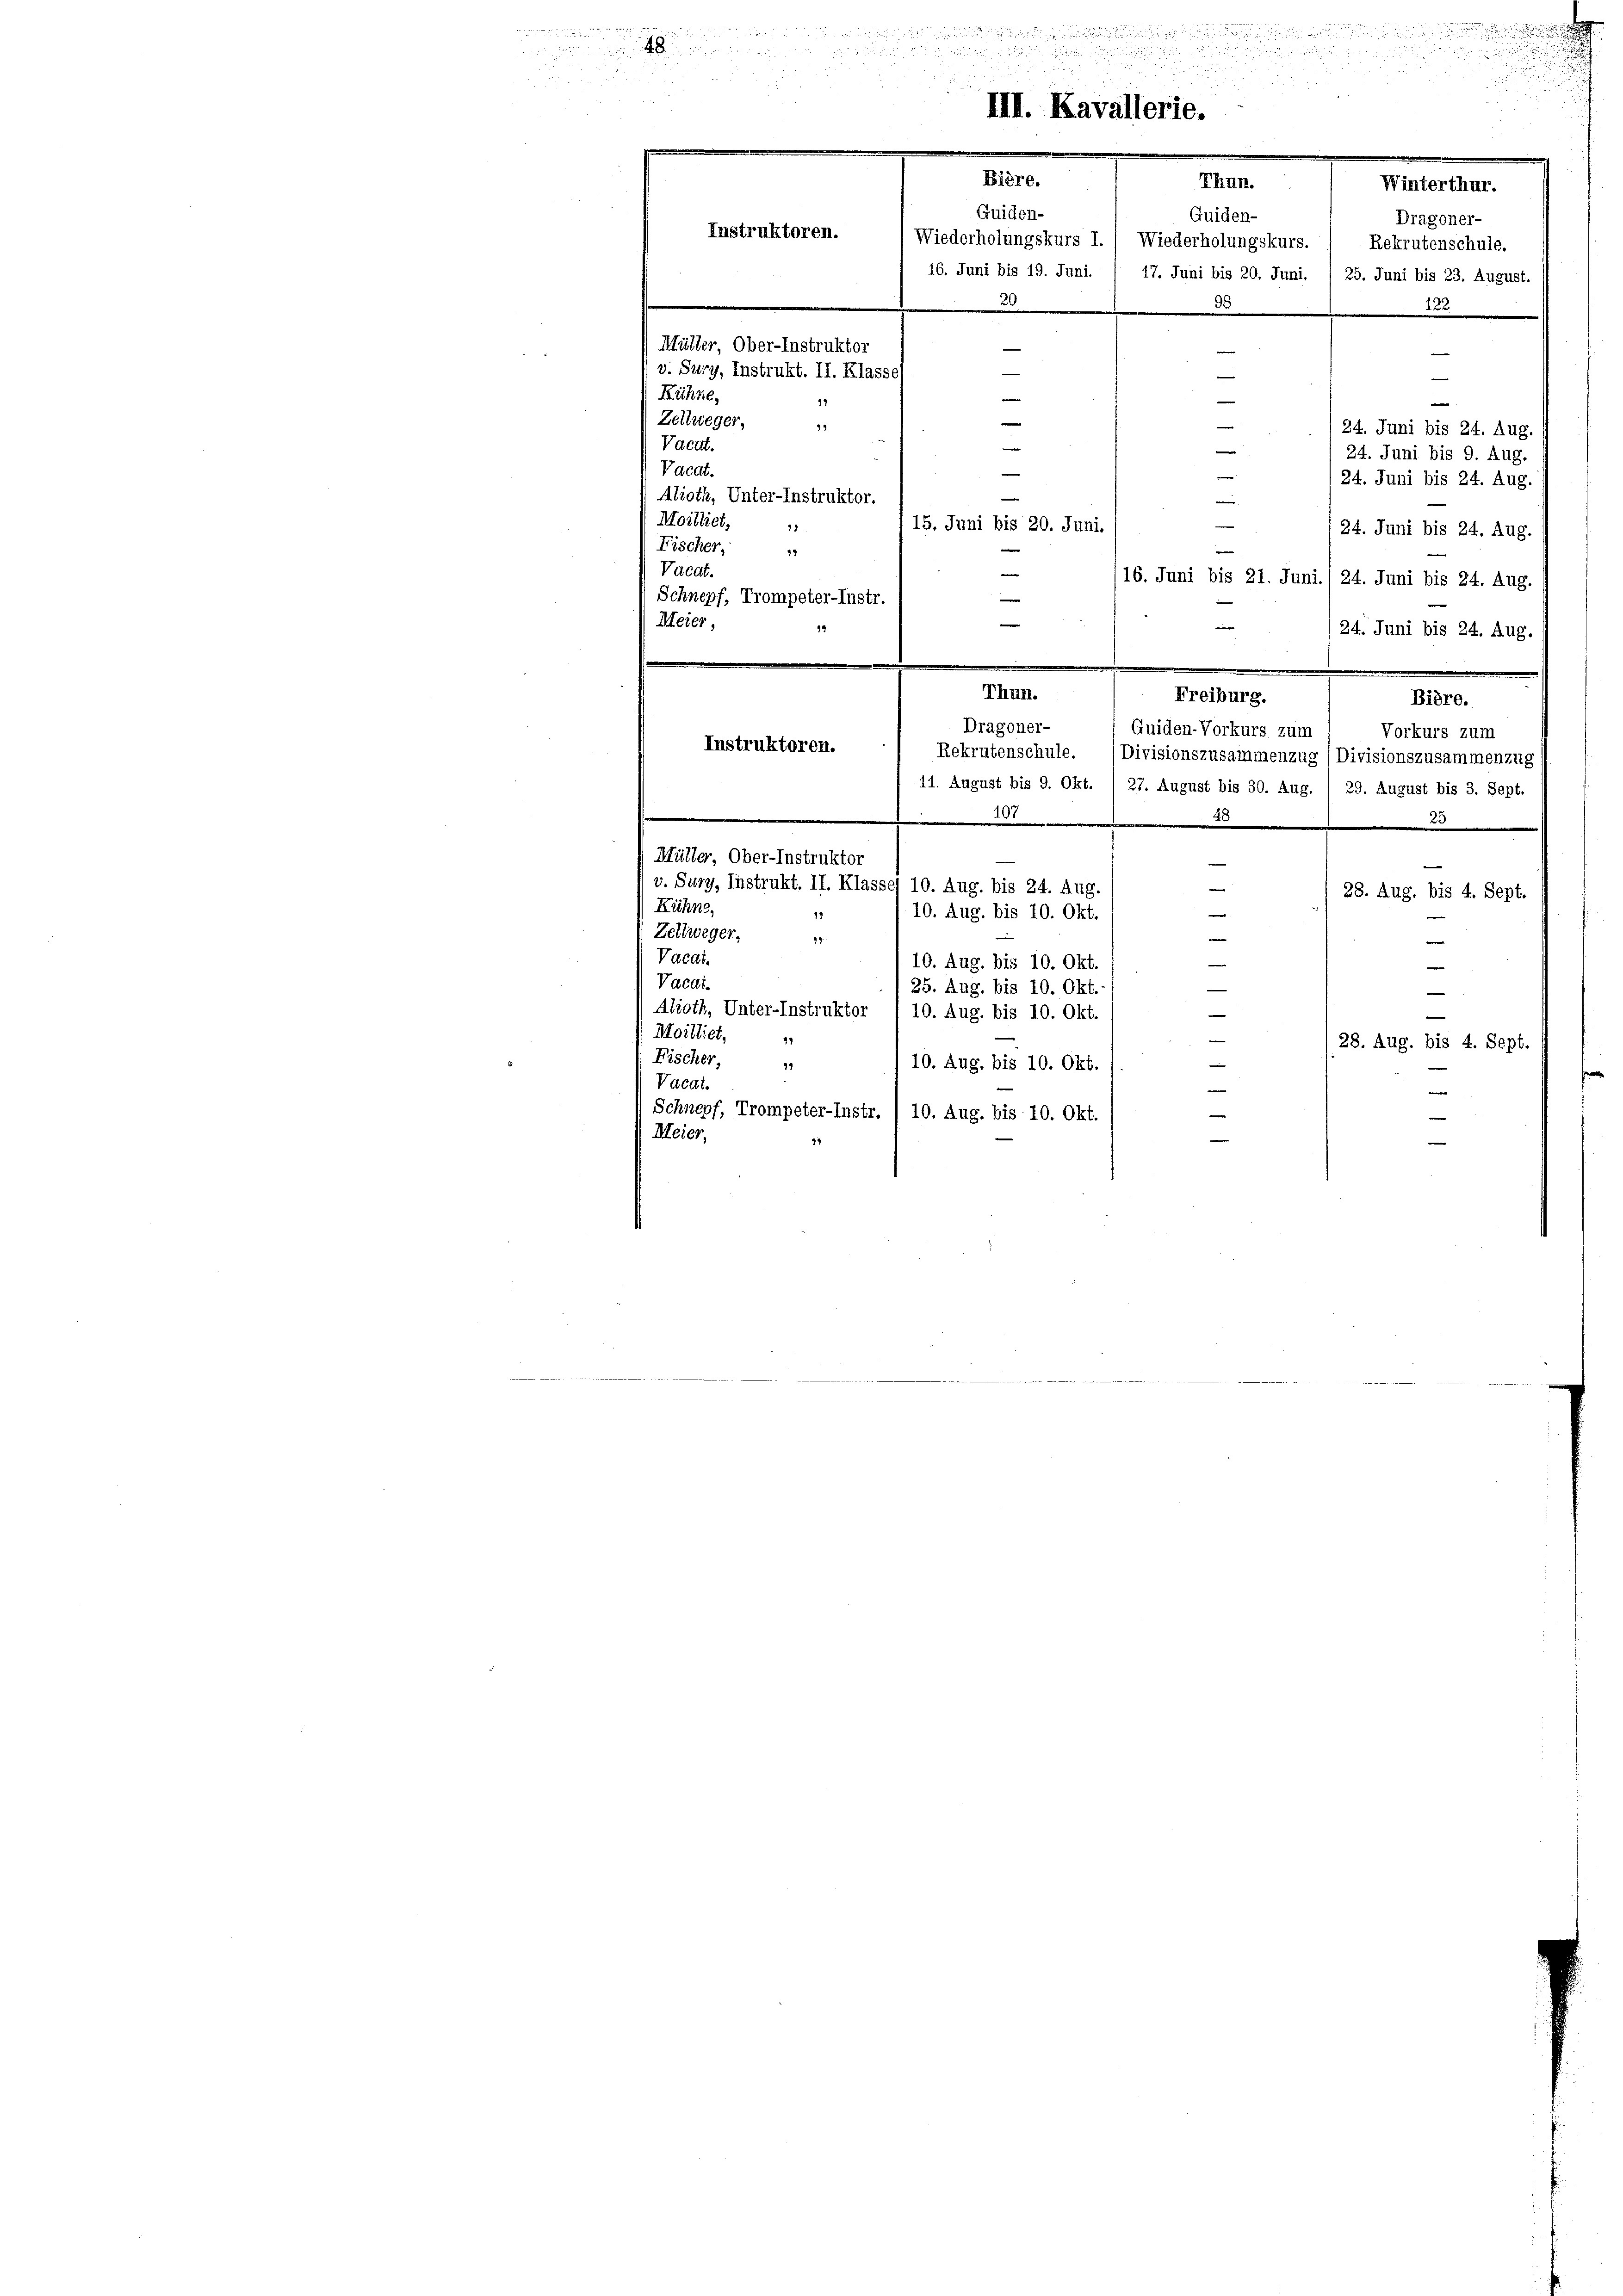
n in dann nur verheit, wie eingen solche ihnen zu

 xx
u
2 x 2
III. Kavallerie.
Bière.
Thun.
Winterthur.
Guiden-
Guiden-
Dragoner-
Instruktoren.
Wiederholungskurs I. / Wiederholungskurs. 1 Rekrutenschule.
24
.
16. Juni bis 19. Juni. / 17. Juni bis 20. Juni. 1 25. Juni bis 23. August.
20
d
Ath
Müller, Ober-Instruktor
e
 v. Sury, Instrukt. II. Klasse)
e
e
—
Kühne,
e
97
—
¬
Zellweger,
39
(24. Juni bis 24. Aug.
Vacdt.
e
24. Juni bis 9. Aug.
Vacat.
e
.
24. Juni bis 24. Aug.
e
Aboth, Unter-Instruktor.
Moilliet,
e
15. Juni bis 20. Juni.
 24. Juni bis 24. Aug.

Vaedt.
10. Aug. bis 10. Okt.
Vacat.
25. Aug. bis 10. Okt.
¬
Alioth, Unter-Instruktor
10. Aug. bis 10. Okt.
e
e
Moilliet,
(28. Aug. bis 4. Sept.
Fischer,
e
10. Aug. bis 10. Okt.
91
Vacat.
e
Schnepf, Trompeter-Instr. ) 10. Aug. bis 10. Okt.
Meier,
d

Fischer,
e
19
.
Vacat.
—
16. Juni bis 21. Juni./ 24. Juni bis 24. Aug.
Schnepf, Trompeter-Instr.

e
19
24. Juni bis 24. Aug.
m
Thun.
Freiburg.
Biöre.
Dragoner-
Guiden-Vorkurs zum / Vorkurs zum
Instruktoren.
Rekrutenschule. (Divisionszusammenzug (Divisionszusammenzug
11. August bis 9. Okt. / 27. August bis 30. Aug. 1 29. August bis 3. Sept.
e
0
3
Müller, Ober-Instruktor
—
v. Sury, Instrukt. II. Klassel 10. Aug. bis 24. Aug.
e
28. Aug, bis 4. Sept.
Kühne,
10. Aug. bis 10. Okt.

Zeltweger,
e
99
e

Meier,